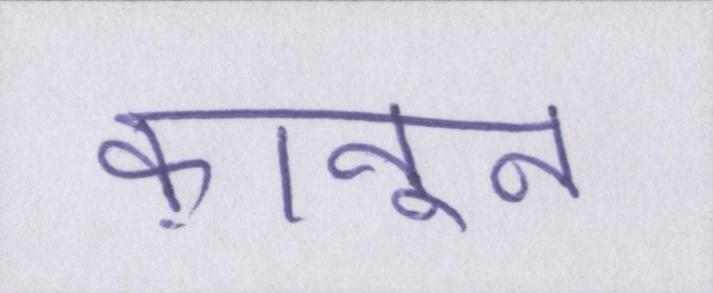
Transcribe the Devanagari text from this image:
क़ानून